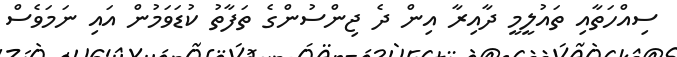
ސިއްހަތާއި ތައުލީމީ ދާއިރާ އިން ދެ ޖިންސުންގެ ތަފާތު ކުޑަވަމުން އައި ނަމަވެސް